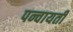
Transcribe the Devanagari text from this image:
पन्चायती